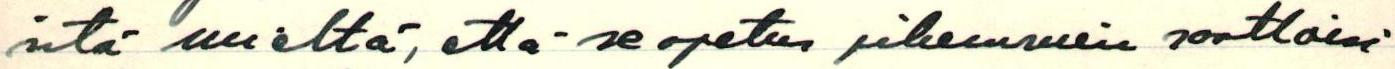
sitä mieltä, että se opetus pikemmin saattaisi